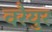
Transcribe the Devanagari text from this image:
वरैयुर